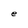
Character: e